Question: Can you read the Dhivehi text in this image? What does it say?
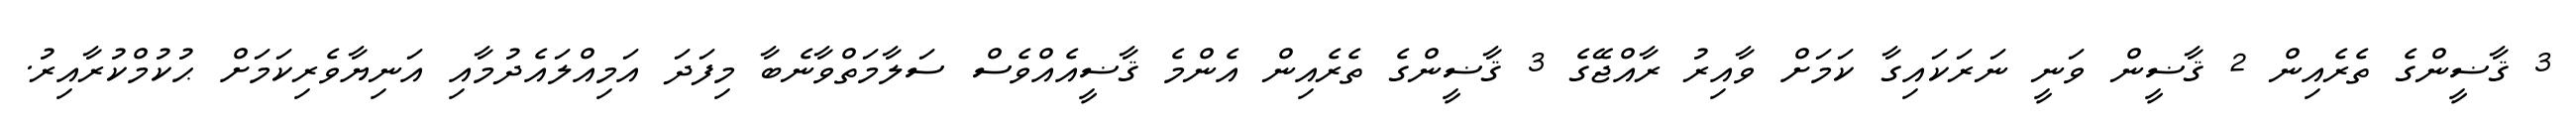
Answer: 3 ޤާޟީންގެ ތެރެއިން 2 ޤާޟީން ވަނީ ނަރަކައިގާ ކަމަށް ވާއިރު ރާއްޖޭގެ 3 ޤާޟީންގެ ތެރެއިން އެންމެ ޤާޟީއެއްވެސް ސަލާމަތްވާނެބާ މިފަދަ އަމިއްލައެދުމާއި އަނިޔާވެރިކަމަށް ޙުކުމްކުރާއިރު.